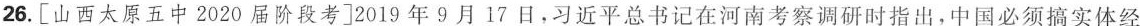
26.[山西太原五中2020届阶段考]2019年9月17日，习近平总书记在河南考察调研时指出，中国必须搞实体经